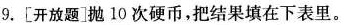
9.[开放题]抛10次硬币，把结果填在下表里。